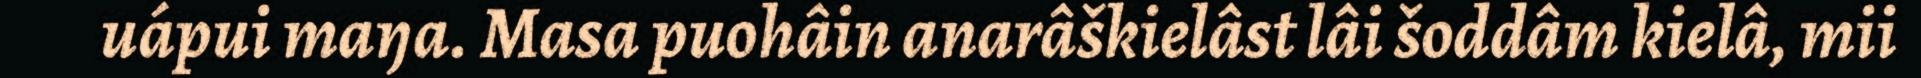
uápui maŋa. Masa puohâin anarâškielâst lâi šoddâm kielâ, mii